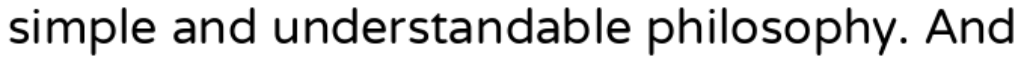
simple and understandable philosophy. And